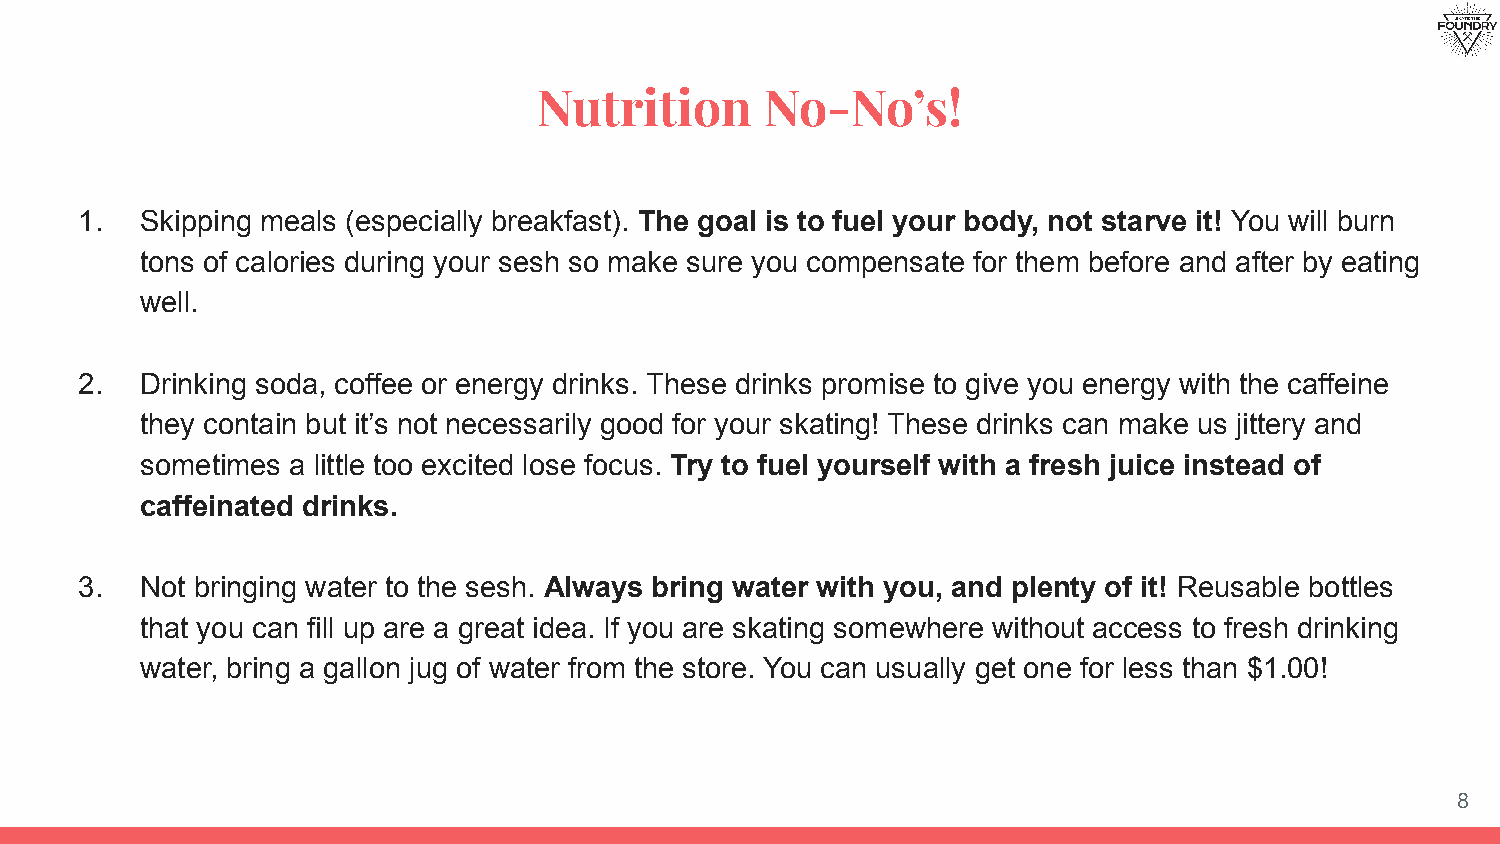
Nutrition      No-No’s!
 1.  Skipping meals (especially breakfast). The goal is to fuel your body, not starve it! You will burn
 tons of calories during your sesh so make sure you compensate for them before and after by eating
 well.
 2.  Drinking soda, coffee or energy drinks. These drinks promise to give you energy with the caffeine
 they contain but it’s not necessarily good for your skating! These drinks can make us jittery and
 sometimes a little too excited lose focus. Try to fuel yourself with a fresh juice instead of
 caffeinated drinks.
 3.  Not bringing water to the sesh. Always bring water with you, and plenty of it! Reusable bottles
 that you can fill up are a great idea. If you are skating somewhere without access to fresh drinking
 water, bring a gallon jug of water from the store. You can usually get one for less than $1.00!
 8